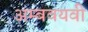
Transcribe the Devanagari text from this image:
अम्बवयवी